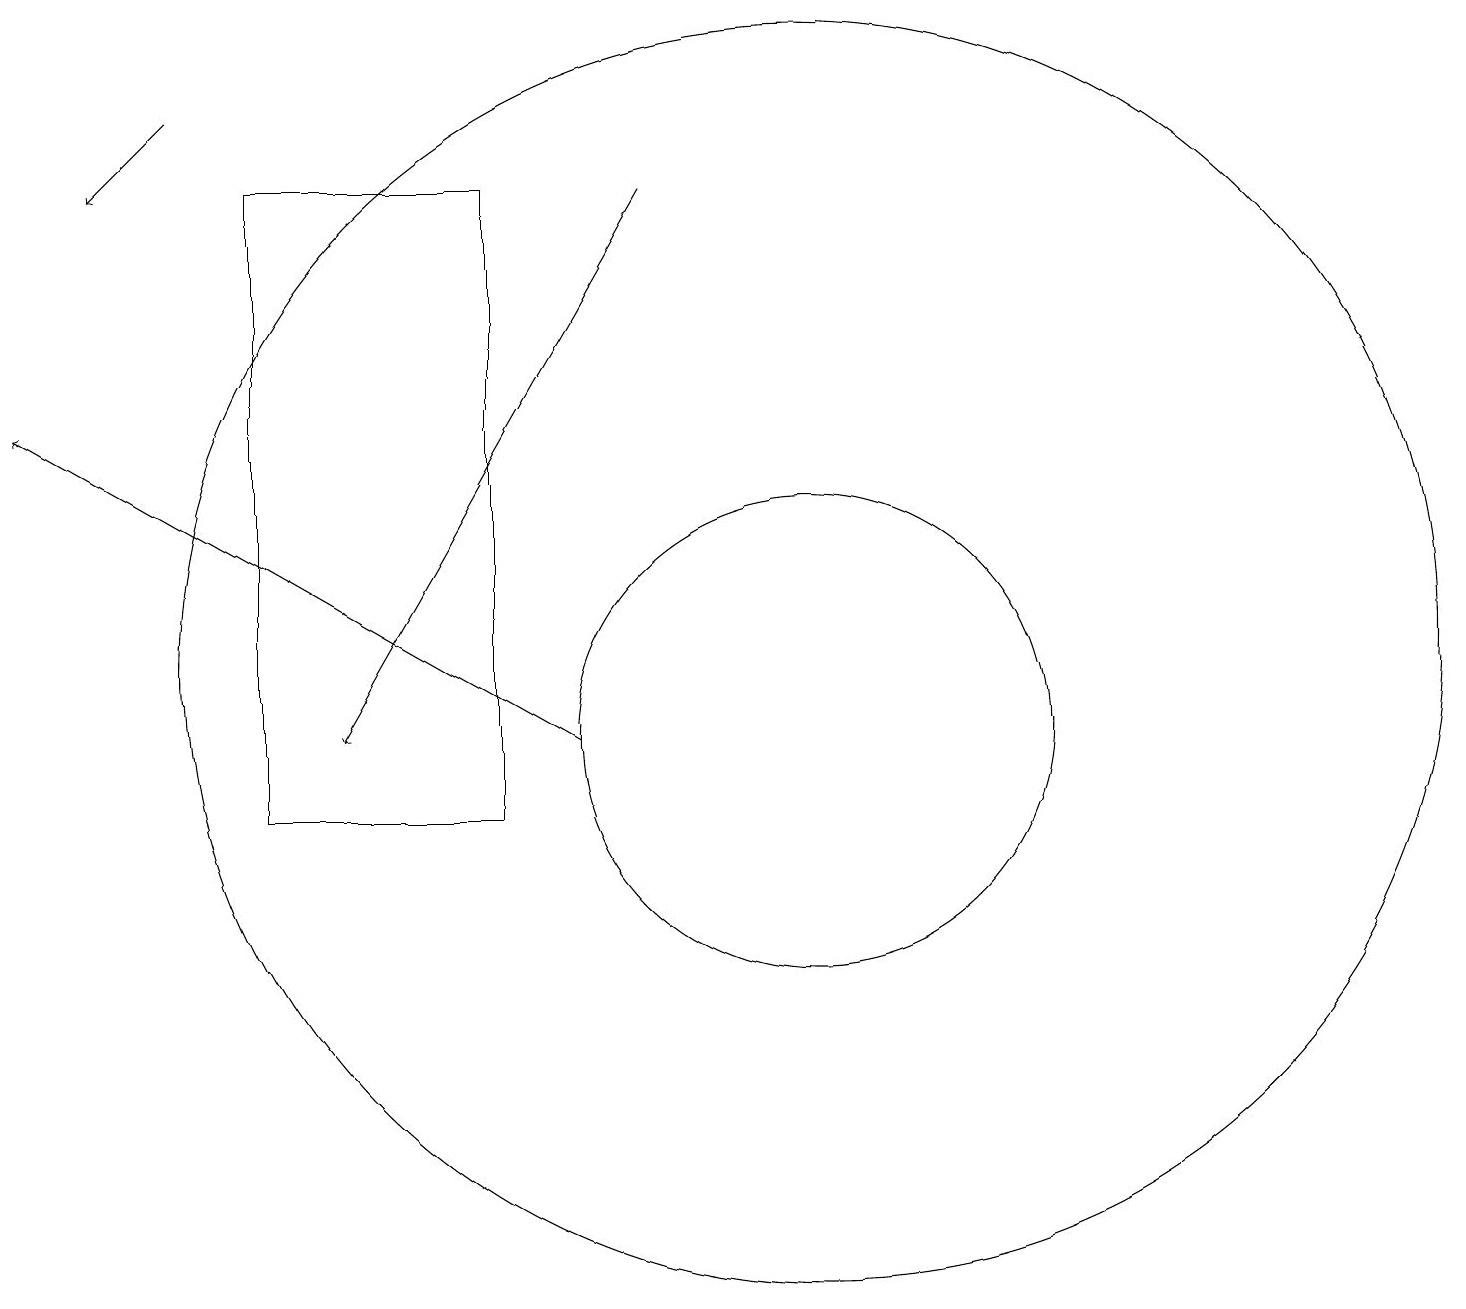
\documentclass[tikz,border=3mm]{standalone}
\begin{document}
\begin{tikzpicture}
\draw[->] (8,18) -- (4,11);
\draw (6,18) rectangle (3,10);
\draw (10,12) circle (8);
\draw[->] (7,11) -- (0,15);
\draw (10,11) circle (3);
\draw[->] (2,19) -- (1,18);
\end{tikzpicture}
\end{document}